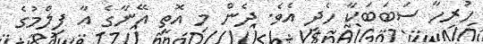
ހުރިހާ ސަބަބަކާ ހެދި އެވެ. ދެން މި އޮތީ އޭނާގެ އާ ފިލްމުގެ